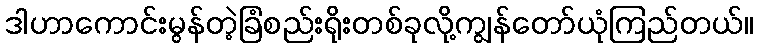
ဒါဟာကောင်းမွန်တဲ့ခြံစည်းရိုးတစ်ခုလို့ကျွန်တော်ယုံကြည်တယ်။